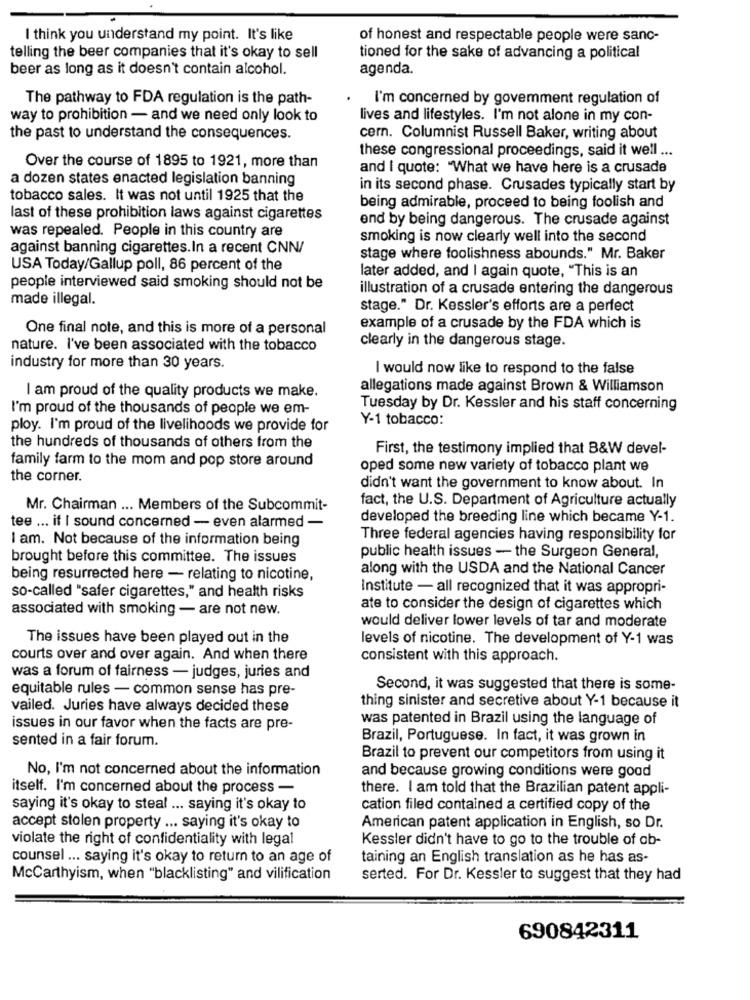
I think you understand my point. It's like
of honest and respectable people were sanc-
telling the beer companies that it's okay to sell
tioned for the sake of advancing a political
beer as long as it doesn't contain alcohol.
agenda.
The pathway to FDA regulation is the path-
I'm concerned by govemment regulation of
way to prohibition - and we need only look to
lives and lifestyles. I'm not alone in my con-
the past to understand the consequences.
cern. Columnist Russell Baker, writing about
these congressional proceedings, said it well ...
Over the course of 1895 to 1921, more than
and I quote: "What we have here is a crusade
a dozen states enacted legislation banning
in its second phase. Crusades typically start by
tobacco sales. It was not until 1925 that the
being admirable, proceed to being foolish and
last of these prohibition laws against cigarettes
end by being dangerous. The crusade against
was repealed. People in this country are
smoking is now clearly well into the second
against banning cigarettes.In a recent CNN/
stage where foolishness abounds." Mr. Baker
USA Today/Gallup poll, 86 percent of the
later added, and I again quote, "This is an
people interviewed said smoking should not be
illustration of a crusade entering the dangerous
made illegal.
stage." Dr. Kessler's efforts are a perfect
One final note, and this is more of a personal
example of a crusade by the FDA which is
clearly in the dangerous stage.
nature. I've been associated with the tobacco
industry for more than 30 years.
I would now like to respond to the false
allegations made against Brown & Williamson
I am proud of the quality products we make.
I'm proud of the thousands of people we em-
Tuesday by Dr. Kessler and his staff concerning
Y-1 tobacco:
ploy. I'm proud of the livelihoods we provide for
the hundreds of thousands of others from the
First, the testimony implied that B&W devel-
family farm to the mom and pop store around
oped some new variety of tobacco plant we
the corner.
didn't want the government to know about. In
fact, the U.S. Department of Agriculture actually
Mr. Chairman ... Members of the Subcommit-
developed the breeding line which became Y-1.
tee ... if I sound concerned - even alarmed -
I am. Not because of the information being
Three federal agencies having responsibility for
brought before this committee. The issues
public health issues - the Surgeon General,
along with the USDA and the National Cancer
being resurrected here - relating to nicotine,
Institute - all recognized that it was appropri-
so-called "safer cigarettes," and health risks
associated with smoking - are not new.
ate to consider the design of cigarettes which
would deliver lower levels of tar and moderate
The issues have been played out in the
levels of nicotine. The development of Y-1 was
courts over and over again. And when there
consistent with this approach.
was a forum of fairness - judges, juries and
equitable rules - common sense has pre-
Second, it was suggested that there is some-
vailed. Juries have always decided these
thing sinister and secretive about Y-1 because it
was patented in Brazil using the language of
issues in our favor when the facts are pre-
sented in a fair forum.
Brazil, Portuguese. In fact, it was grown in
Brazil to prevent our competitors from using it
No, I'm not concerned about the information
and because growing conditions were good
itself. I'm concerned about the process -
there. I am told that the Brazilian patent appli-
saying it's okay to steal ... saying it's okay to
cation filed contained a certified copy of the
accept stolen property ... saying it's okay to
American patent application in English, so Dr.
violate the right of confidentiality with legal
Kessler didn't have to go to the trouble of ob-
counsel ... saying it's okay to return to an age of
taining an English translation as he has as-
McCarthyism, when "blacklisting" and vilification
serted. For Dr. Kessler to suggest that they had
690842311